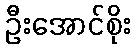
ဦးအောင်စိုး